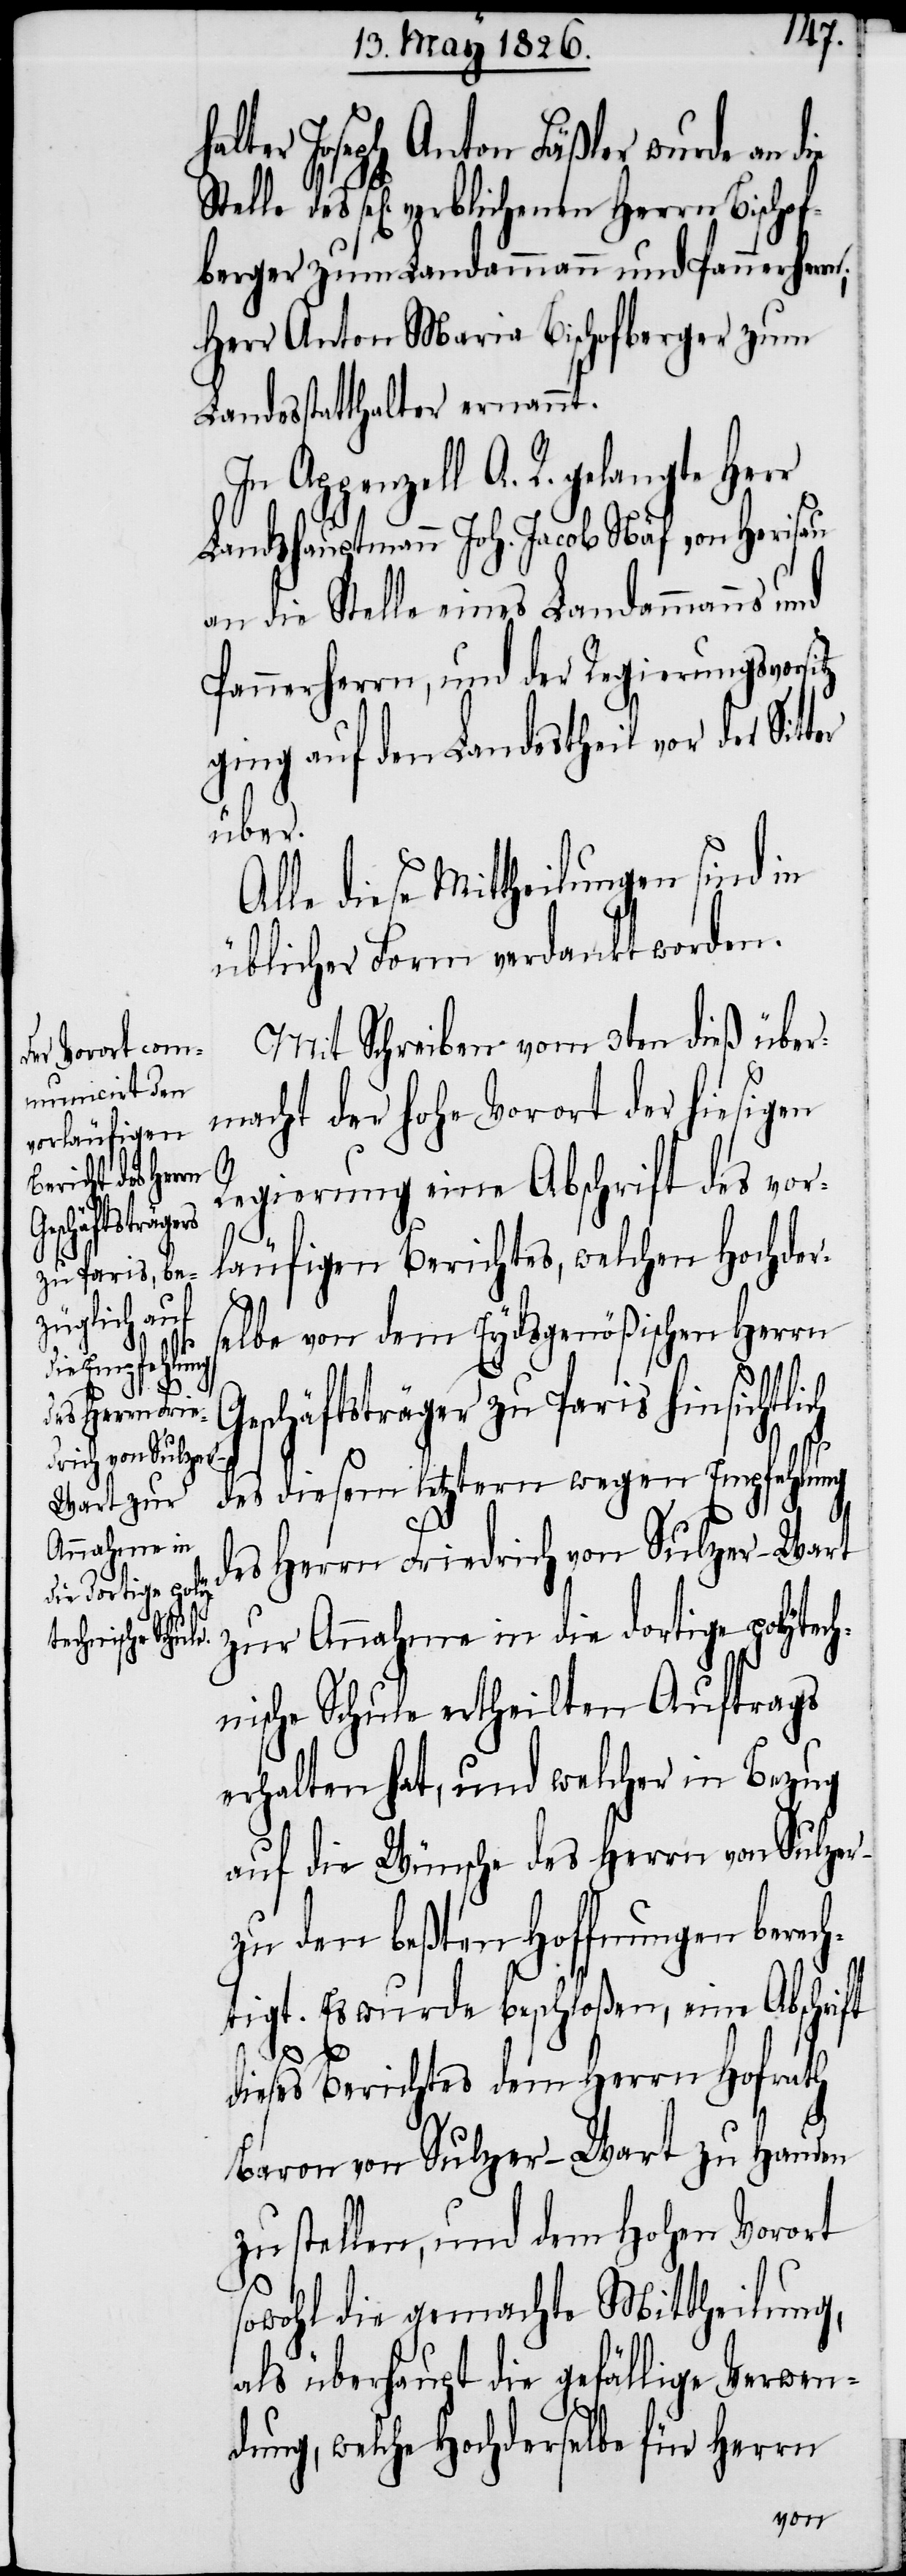
e an die Stelle des
sel[ig] verblichenen Herrn Bischof¬
berger zum Landammann und Pannerherrn;
Herr Anton Maria Bischofberger zum
Landesstatthalter ernannt.
In Appenzell A. R. gelangte Herr
Landshauptmann Joh. Jacob Näf von Herisau
an die Stelle eines Landammanns und
Pannerherrn, und der Regierungsvorsitz
ging auf den Landestheil vor der Sitt¬
über.
Alle diese Mittheilungen sind in
üblicher Form verdankt worden.
Mit Schreiben vom 3ten dieß über¬
macht der hohe Vorort der hiesigen
ch
Regierung eine Abschrift des vor¬
läufigen Berichtes, welchen Hochder¬
selbe von dem Eydsgenößischen Herrn
Geschäftsträger zu Paris hinsichtli¬
des diesem letztern wegen Empfehlung
des Herrn Friedrich von Sulzer-Wart
zur Annahme in die dortige polytech¬
r-[Wart]
nische Schule ertheilten Auftrags
erhalten hat, und welcher in Bezug
auf die Wünsche des Herrn von Sulze¬
zu den beßten Hoffnungen berech¬
tigt. Es wurde beschloßen, eine Abschrift
dieses Berichtes dem Herrn Hofrath
Baron von Sulzer-Wart zu Handen
zu stellen, und dem Hohen Vorort
sowohl die gemachte Mittheilung,
als überhaupt die gefällige Verwen¬
dung, welche Hochderselbe für Herrn